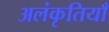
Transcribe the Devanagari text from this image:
अलंकृतियाँ